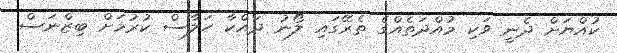
ކުއްޔަށް ދެނީ ވަކި މުއްދަތެއްގެ ތެރޭގައި ލޯނު ދައްކާ ހަލާސް ކުރުމަށް ބިޒްނަސް